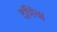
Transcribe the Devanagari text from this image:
दभिंचा